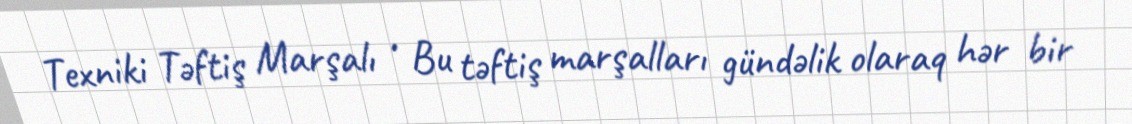
Texniki Təftiş Marşalı • Bu təftiş marşalları gündəlik olaraq hər bir